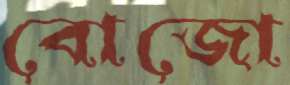
বোজো